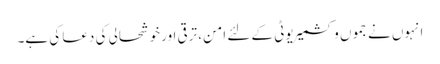
انہوں نے جموں وکشمیر یوٹی کے لئے امن، ترقی اور خوشحالی کی دعا کی ہے۔